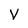
Character: V